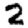
Digit: 2